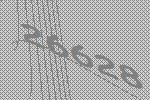
26628